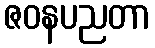
ဇဝနပညတာ